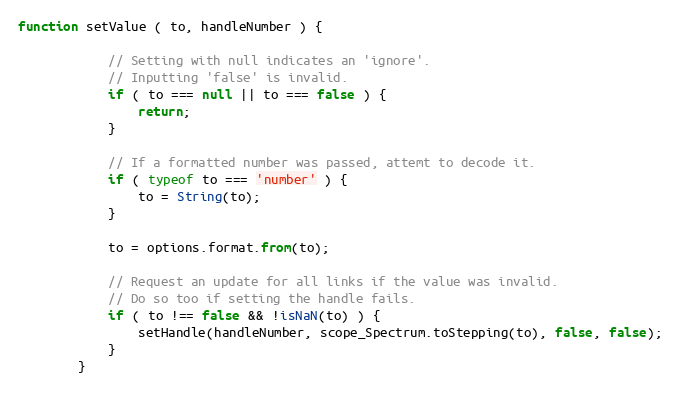
Language: JavaScript
function setValue ( to, handleNumber ) {

            // Setting with null indicates an 'ignore'.
            // Inputting 'false' is invalid.
            if ( to === null || to === false ) {
                return;
            }

            // If a formatted number was passed, attemt to decode it.
            if ( typeof to === 'number' ) {
                to = String(to);
            }

            to = options.format.from(to);

            // Request an update for all links if the value was invalid.
            // Do so too if setting the handle fails.
            if ( to !== false && !isNaN(to) ) {
                setHandle(handleNumber, scope_Spectrum.toStepping(to), false, false);
            }
        }